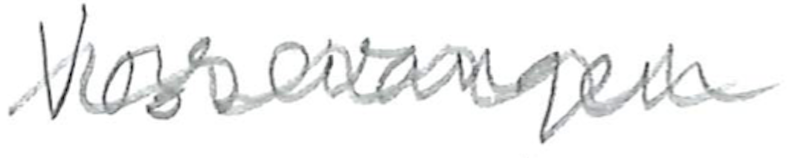
Text: Vossevangen
Cross-out: mix
Writing tool: pencil